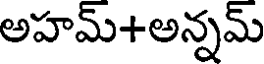
అహమ్+అన్నమ్